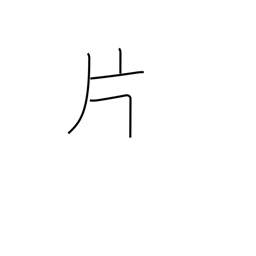
Meaning: leaf